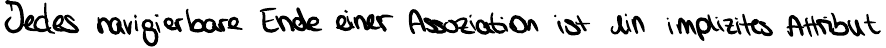
Jedes navigierbare Ende einer Assoziation ist ein implizites Attribut